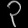
Digit: ၃